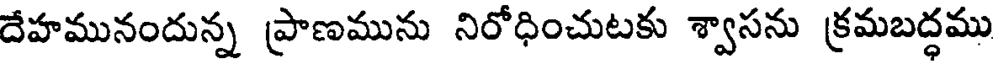
దేహమునందున్న ప్రాణమును నిరోధించుటకు శ్వాసను క్రమబద్ధము